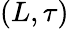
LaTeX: (L,\tau)